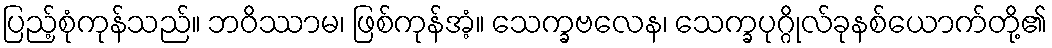
ပြည့်စုံကုန်သည်။ ဘဝိဿာမ၊ ဖြစ်ကုန်အံ့။ သေက္ခဗလေန၊ သေက္ခပုဂ္ဂိုလ်ခုနစ်ယောက်တို့၏